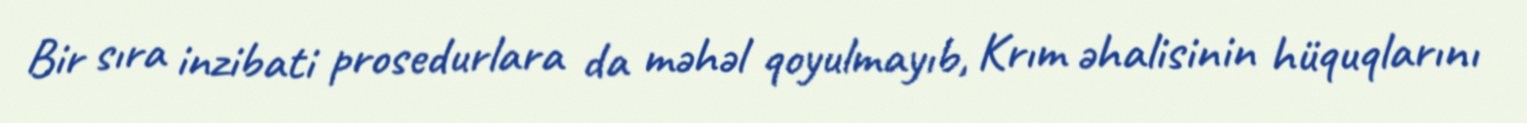
Bir sıra inzibati prosedurlara da məhəl qoyulmayıb, Krım əhalisinin hüquqlarını